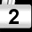
Digit: 2